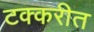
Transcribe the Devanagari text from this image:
टक्करीत